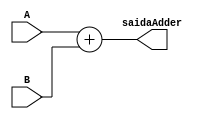
module PCAdder(
  input [31:0] A,
  input [31:0] B,
  output  [31:0] saidaAdder
);
   
    
assign  saidaAdder =(A + B);
  

endmodule